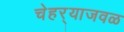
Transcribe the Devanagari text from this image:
चेहर्‍याजवळ